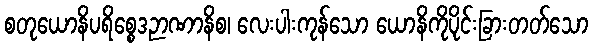
စတုယောနိပရိစ္စေဒဉာဏာနိစ၊ လေးပါးကုန်သော ယောနိကိုပိုင်းခြားတတ်သော